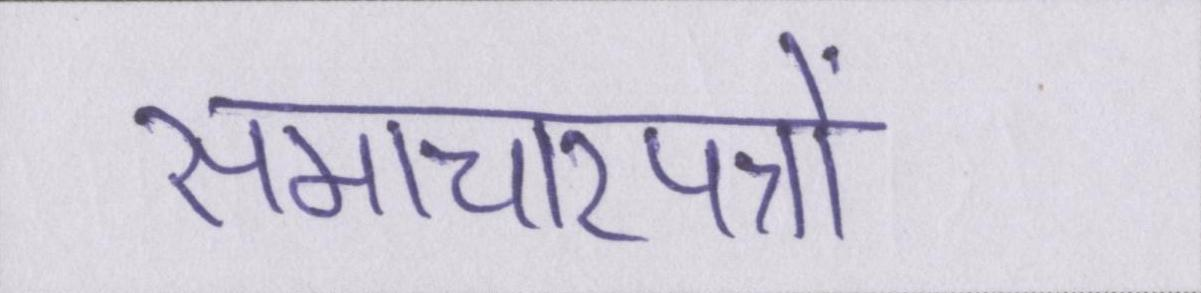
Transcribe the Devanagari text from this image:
समाचारपत्रों